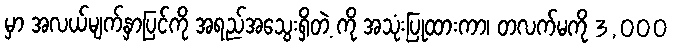
မှာ အလယ်မျက်နှာပြင်ကို အရည်အသွေးရှိတဲ့ ကို အသုံးပြုထားကာ၊ တလက်မကို 3,000